Problem: 36 + 21 = ?
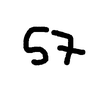
Handwritten answer: 57